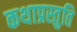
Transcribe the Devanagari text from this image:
कथाप्रस्तुति